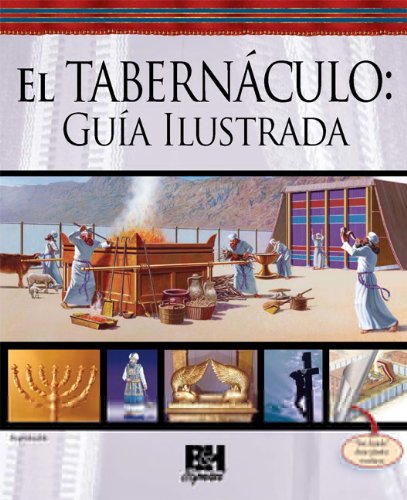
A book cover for El Tabernaculo: Guia Ilustrada (Spanish Edition); B&H Espanol Editorial Staff; Christian Books & Bibles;